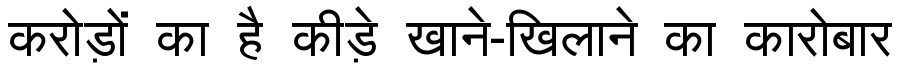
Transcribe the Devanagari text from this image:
करोड़ों का है कीड़े खाने-खिलाने का कारोबार